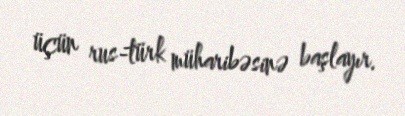
üçün rus-türk müharibəsinə başlayır.